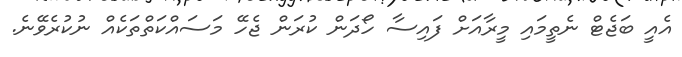
އެއީ ބަޖެޓް ނެތީމައި މީރާއަށް ފައިސާ ހޯދަން ކުރަން ޖެހޭ މަސައްކަތްތަކެއް ނުކުރެވޭނެ.